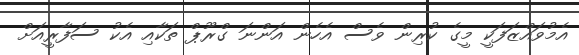
އެމުވައްޒަފަކީ މީގެ ކުރިން ވެސް އެހެން އަންނަ ގްރޫޕް ތަކާއި އެކު ސަފާރީއަށް